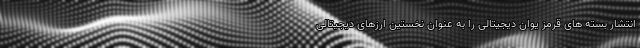
انتشار بسته های قرمز یوان دیجیتالی را به عنوان نخستین ارزهای دیجیتالی